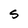
Character: S